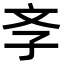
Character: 斈